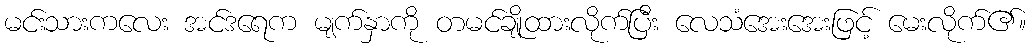
မင်းသားကလေး အင်ဒရေက မျက်နှာကို တမင်ချိုထားလိုက်ပြီး လေသံအေးအေးဖြင့် မေးလိုက်၏။